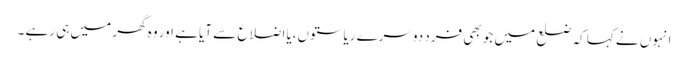
انہوں نے کہا کہ ضلع میں جو بھی فرد دوسرے ریاستوں،یا اضلاع سے آیا ہے اور وہ گھر میں ہی رہے ۔